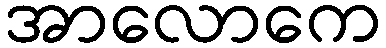
အာလောကေ